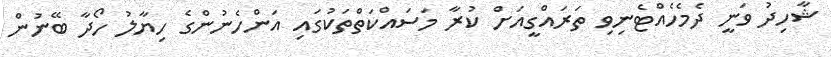
ޝާހިދު ވަނީ ދެމެހެއްޓެނިވި ތަރައްގީއަށް ކުރާ މަސައްކަތްތަކުގައި އަންހެނުންގެ ހިޔާލު ހޯދާ ބޭނުން